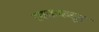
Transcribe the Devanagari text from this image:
स्वतःकडून